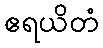
ဧရယိတံ